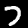
Label: 7